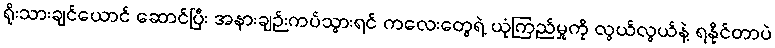
ရိုးသားချင်ယောင် ဆောင်ပြီး အနားချဉ်းကပ်သွားရင် ကလေးတွေရဲ့ ယုံကြည်မှုကို လွယ်လွယ်နဲ့ ရနိုင်တာပဲ